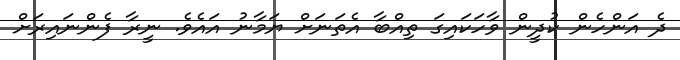
ދެ އަންހެން ކުދީން ވާހަކައިގަ ތިއްބާ އެތަނަށް ޔަމާނު އައެވެ. ނީރާ ފެންނައިރަށް